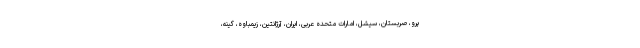
پرو، صربستان، سیشل، امارات متحده عربی، ایران، آرژانتین، زیمباوه، گینه،